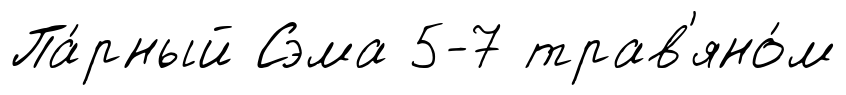
Па́рный Сэма 5-7 трав'яно́м